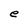
Character: e